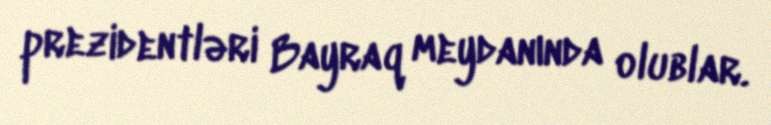
prezidentləri Bayraq meydanında olublar.